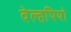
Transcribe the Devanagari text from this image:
वेल्हपियो